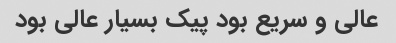
عالی و سریع بود پیک بسیار عالی بود